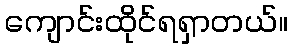
ကျောင်းထိုင်ရရှာတယ်။